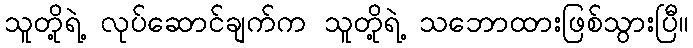
သူတို့ရဲ့ လုပ်ဆောင်ချက်က သူတို့ရဲ့ သဘောထားဖြစ်သွားပြီ။